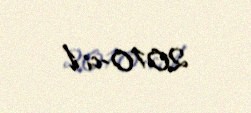
2010-ci il